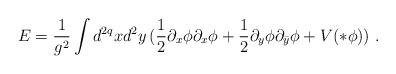
LaTeX: \begin{align*} E=\frac{1}{g^2}\int d^{2q} x d^2 y\, (\frac{1}{2}\partial_x\phi\partial_x\phi +\frac{1}{2}\partial_y\phi\partial_{\bar y}\phi + V(* \phi))\,\,.\end{align*}